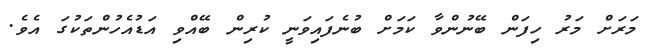
މަރަށް މަރު ހިފަން ބޭނުންވާ ކަމަށް ބުނެފައިވަނީ ކުރިން ބޭއްވި އަޑުއެހުންތަކުގަ އެވެ.